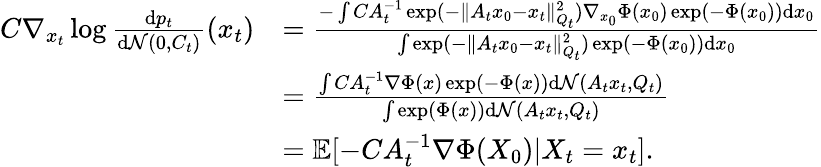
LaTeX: \begin{array}{rl}{C\nabla_{x_{t}}\log\frac{\mathrm{d}p_{t}}{\mathrm{d}\mathcal{N}(0,C_{t})}(x_{t})}&{=\frac{-\int CA_{t}^{-1}\exp(-\| A_{t}x_{0}-x_{t}\| _{Q_{t}}^{2})\nabla_{x_{0}}\Phi(x_{0})\exp(-\Phi(x_{0}))\mathrm{d}x_{0}}{\int\exp(-\| A_{t}x_{0}-x_{t}\| _{Q_{t}}^{2})\exp(-\Phi(x_{0}))\mathrm{d}x_{0}}}\\ &{=\frac{\int CA_{t}^{-1}\nabla\Phi(x)\exp(-\Phi(x))\mathrm{d}\mathcal{N}(A_{t}x_{t},Q_{t})}{\int\exp(\Phi(x))\mathrm{d}\mathcal{N}(A_{t}x_{t},Q_{t})}}\\ &{=\mathbb{E}[-CA_{t}^{-1}\nabla\Phi(X_{0})|X_{t}=x_{t}].}\end{array}